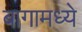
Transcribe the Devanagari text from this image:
बागामध्ये